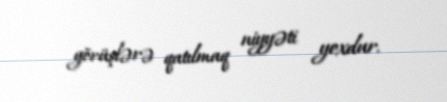
görüşlərə qatılmaq niyyəti yoxdur.